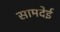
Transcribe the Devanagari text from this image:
सामदेई